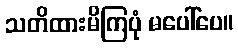
သတိထားမိကြပုံ မပေါ်ပေ။